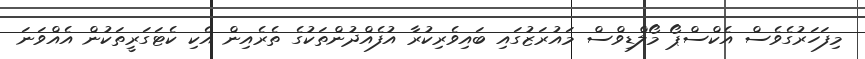
މިފަހަރުގެވެސް އެކްސްޕޯ މޯލްޑިވްސް މައުރަޒުގައި ބައިވެރިކުރާ އުފެއްދުންތަކުގެ ތެރެއިން އެކި ކެޓަގަރީތަކުން އެއްވަނަ